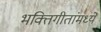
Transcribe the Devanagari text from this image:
भक्तिगीतांमध्ये